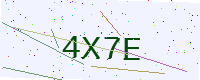
Text: 4X7E